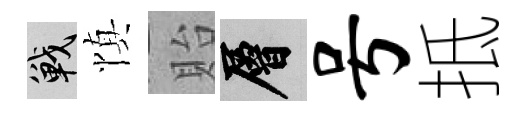
戰慎貽層号抵